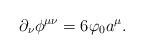
LaTeX: \begin{align*}\partial_\nu \phi ^{\mu\nu} = 6 \varphi_0 a^\mu .\end{align*}